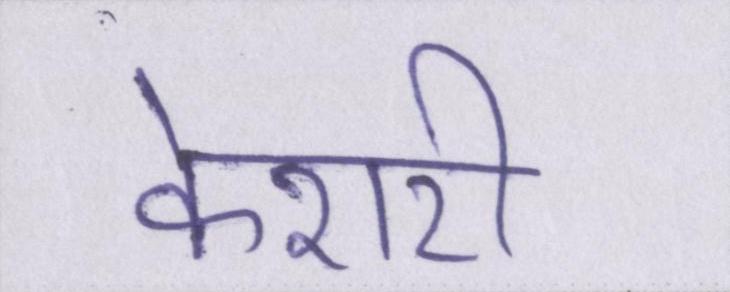
केशरी